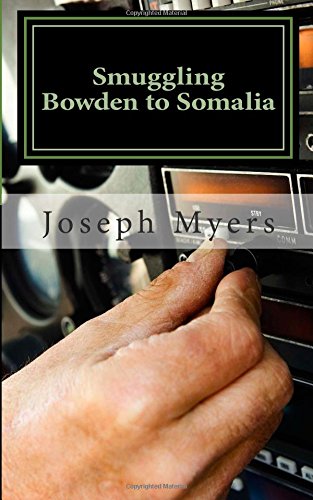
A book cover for Smuggling Bowden to Somalia; Joseph Bowden Myers; Travel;